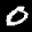
Label: 0